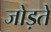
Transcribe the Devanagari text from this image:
जोड़तें